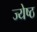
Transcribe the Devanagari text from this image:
ज्‍येष्‍ठ